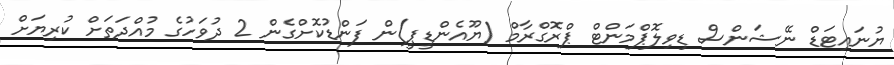
ޔުނައިޓަޑް ނޭޝަންސް ޑިވިލޮޕްމަންޓް ޕްރޮގްރާމް (ޔޫއެންޑީޕީ)ން ފަންޑުކޮށްގެން 2 ދުވަހުގެ މުއްދަތަށް ކުރިޔަށް